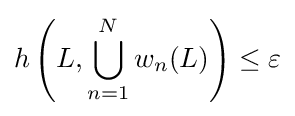
h\left(L,\bigcup _{n=1}^{N}w_{n}(L)\right)\leq \varepsilon